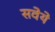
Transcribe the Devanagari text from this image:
सवेये